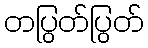
တပြွတ်ပြွတ်